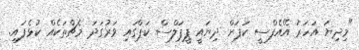
"މިދިޔަ އަހަރު އޭއެފްސީ ކަޕަށް ދިޔައީ ޕީޕަލްސް ކަޕްގައި ވަރުގަދަ މެޗްތަކެއް ކުޅެފައި.